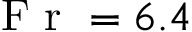
\mathrm { ~ F ~ r ~ } = 6 . 4